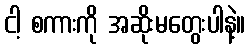
ငါ့ စကားကို အဆိုးမတွေးပါနဲ့။